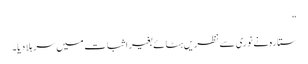
“
ستارہ نے نوری سے نظریں ہٹائے بغیر اثبات میں سر ہلا دیا۔